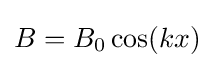
B=B_{0}\cos(kx)